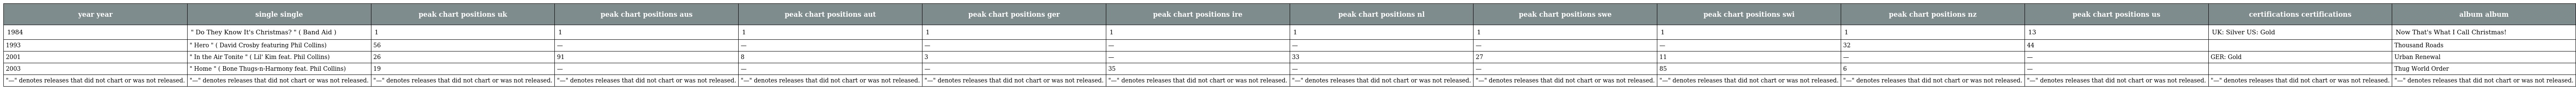
| year year | single single | peak chart positions uk | peak chart positions aus | peak chart positions aut | peak chart positions ger | peak chart positions ire | peak chart positions nl | peak chart positions swe | peak chart positions swi | peak chart positions nz | peak chart positions us | certifications certifications | album album |
 | --- | --- | --- | --- | --- | --- | --- | --- | --- | --- | --- | --- | --- | --- |
 | 1984 | " Do They Know It's Christmas? " ( Band Aid ) | 1 | 1 | 1 | 1 | 1 | 1 | 1 | 1 | 1 | 13 | UK: Silver US: Gold | Now That's What I Call Christmas! |
 | 1993 | " Hero " ( David Crosby featuring Phil Collins) | 56 | — | — | — | — | — | — | — | 32 | 44 |  | Thousand Roads |
 | 2001 | " In the Air Tonite " ( Lil' Kim feat. Phil Collins) | 26 | 91 | 8 | 3 | — | 33 | 27 | 11 | — | — | GER: Gold | Urban Renewal |
 | 2003 | " Home " ( Bone Thugs-n-Harmony feat. Phil Collins) | 19 | — | — | — | 35 | — | — | 85 | 6 | — |  | Thug World Order |
 | "—" denotes releases that did not chart or was not released. | "—" denotes releases that did not chart or was not released. | "—" denotes releases that did not chart or was not released. | "—" denotes releases that did not chart or was not released. | "—" denotes releases that did not chart or was not released. | "—" denotes releases that did not chart or was not released. | "—" denotes releases that did not chart or was not released. | "—" denotes releases that did not chart or was not released. | "—" denotes releases that did not chart or was not released. | "—" denotes releases that did not chart or was not released. | "—" denotes releases that did not chart or was not released. | "—" denotes releases that did not chart or was not released. | "—" denotes releases that did not chart or was not released. | "—" denotes releases that did not chart or was not released. |